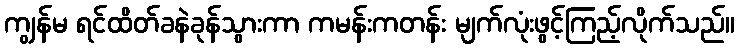
ကျွန်မ ရင်ထိတ်ခနဲခုန်သွားကာ ကမန်းကတန်း မျက်လုံးဖွင့်ကြည့်လိုက်သည်။